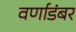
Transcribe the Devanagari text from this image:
वर्णाडंबर